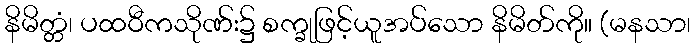
နိမိတ္တံ၊ ပထဝီကသိုဏ်း၌ စက္ခုဖြင့်ယူအပ်သော နိမိတ်ကို။ (မနသာ၊